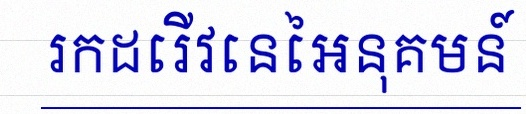
រកដេរីវេនៃអនុគមន៍